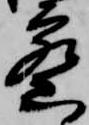
密